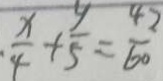
\frac { x } { 4 } + \frac { y } { 5 } = \frac { 4 2 } { 6 0 }